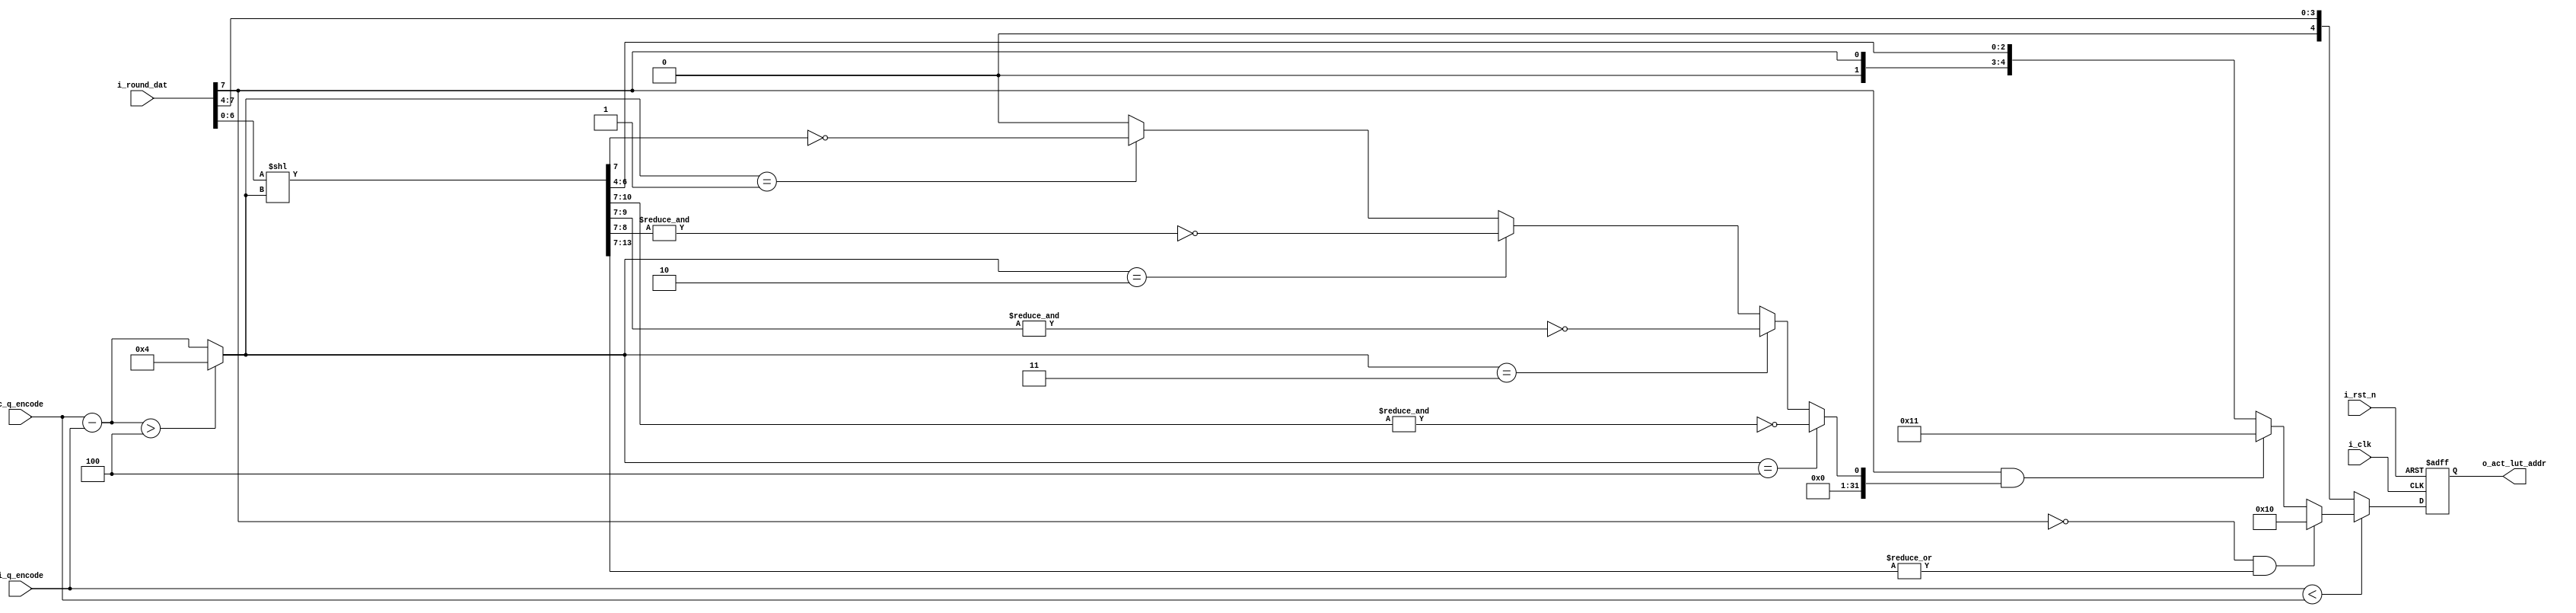
module lut_addr_gen#(
	 parameter ADDR_WIDTH  = 5,
	 parameter DATA_WIDTH  = 8,
	 parameter EQ_WIDTH = 4,
	 parameter LUT_DEPTH = 256
)
(
	input  i_clk,
	input  i_rst_n,
	input  signed [DATA_WIDTH-1 : 0] i_round_dat,
	input  [EQ_WIDTH-1:0]     i_q_encode    ,
	input  [EQ_WIDTH-1:0]     c_q_encode    ,
	output [ADDR_WIDTH-1 : 0] o_act_lut_addr
	
);

 
 
wire [3:0] cq_sub_iq;
wire [3:0] shift_num;
wire signed [13:0] shifted_data;
wire overflow_input;
wire underflow_input;
wire iq_lt_cq;
reg  [ADDR_WIDTH-1 : 0] r_act_lut_addr;

assign  cq_sub_iq = c_q_encode - i_q_encode;
assign  shift_num = cq_sub_iq > 4'b0100 ? 4'b0100 : cq_sub_iq;
assign  shifted_data = i_round_dat[6:0] << shift_num;
assign  overflow_input = i_round_dat[7]==1'b0 && |shifted_data[13:7];
assign  underflow_input = i_round_dat[7]==1'b1 && (shift_num == 4'b0100 ? ~&shifted_data[10:7] : 
(shift_num == 4'b0011 ? ~&shifted_data[9:7] : (shift_num == 4'b0010 ? ~&shifted_data[8:7] :
(shift_num == 4'b0001 ? ~&shifted_data[7]: 0))));
assign  iq_lt_cq = i_q_encode < c_q_encode; 

 


always @(posedge i_clk or negedge i_rst_n)
begin
  if(~i_rst_n)
    r_act_lut_addr <= 5'b0;
  else if(iq_lt_cq) begin
    if(overflow_input)
      r_act_lut_addr <= 5'b10000;
    else if(underflow_input)
      r_act_lut_addr <= 5'b10001;
    else r_act_lut_addr <= {1'b0,i_round_dat[7],shifted_data[6:4]};
  end else r_act_lut_addr <= {1'b0,i_round_dat[7:4]};  
	
end

assign o_act_lut_addr = r_act_lut_addr; 

endmodule